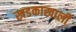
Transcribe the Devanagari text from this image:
खडकाखाली